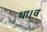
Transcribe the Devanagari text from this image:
था।व